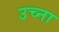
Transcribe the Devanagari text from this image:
उच्ना